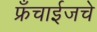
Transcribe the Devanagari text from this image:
फ्रँचाईजचे